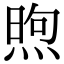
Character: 煦